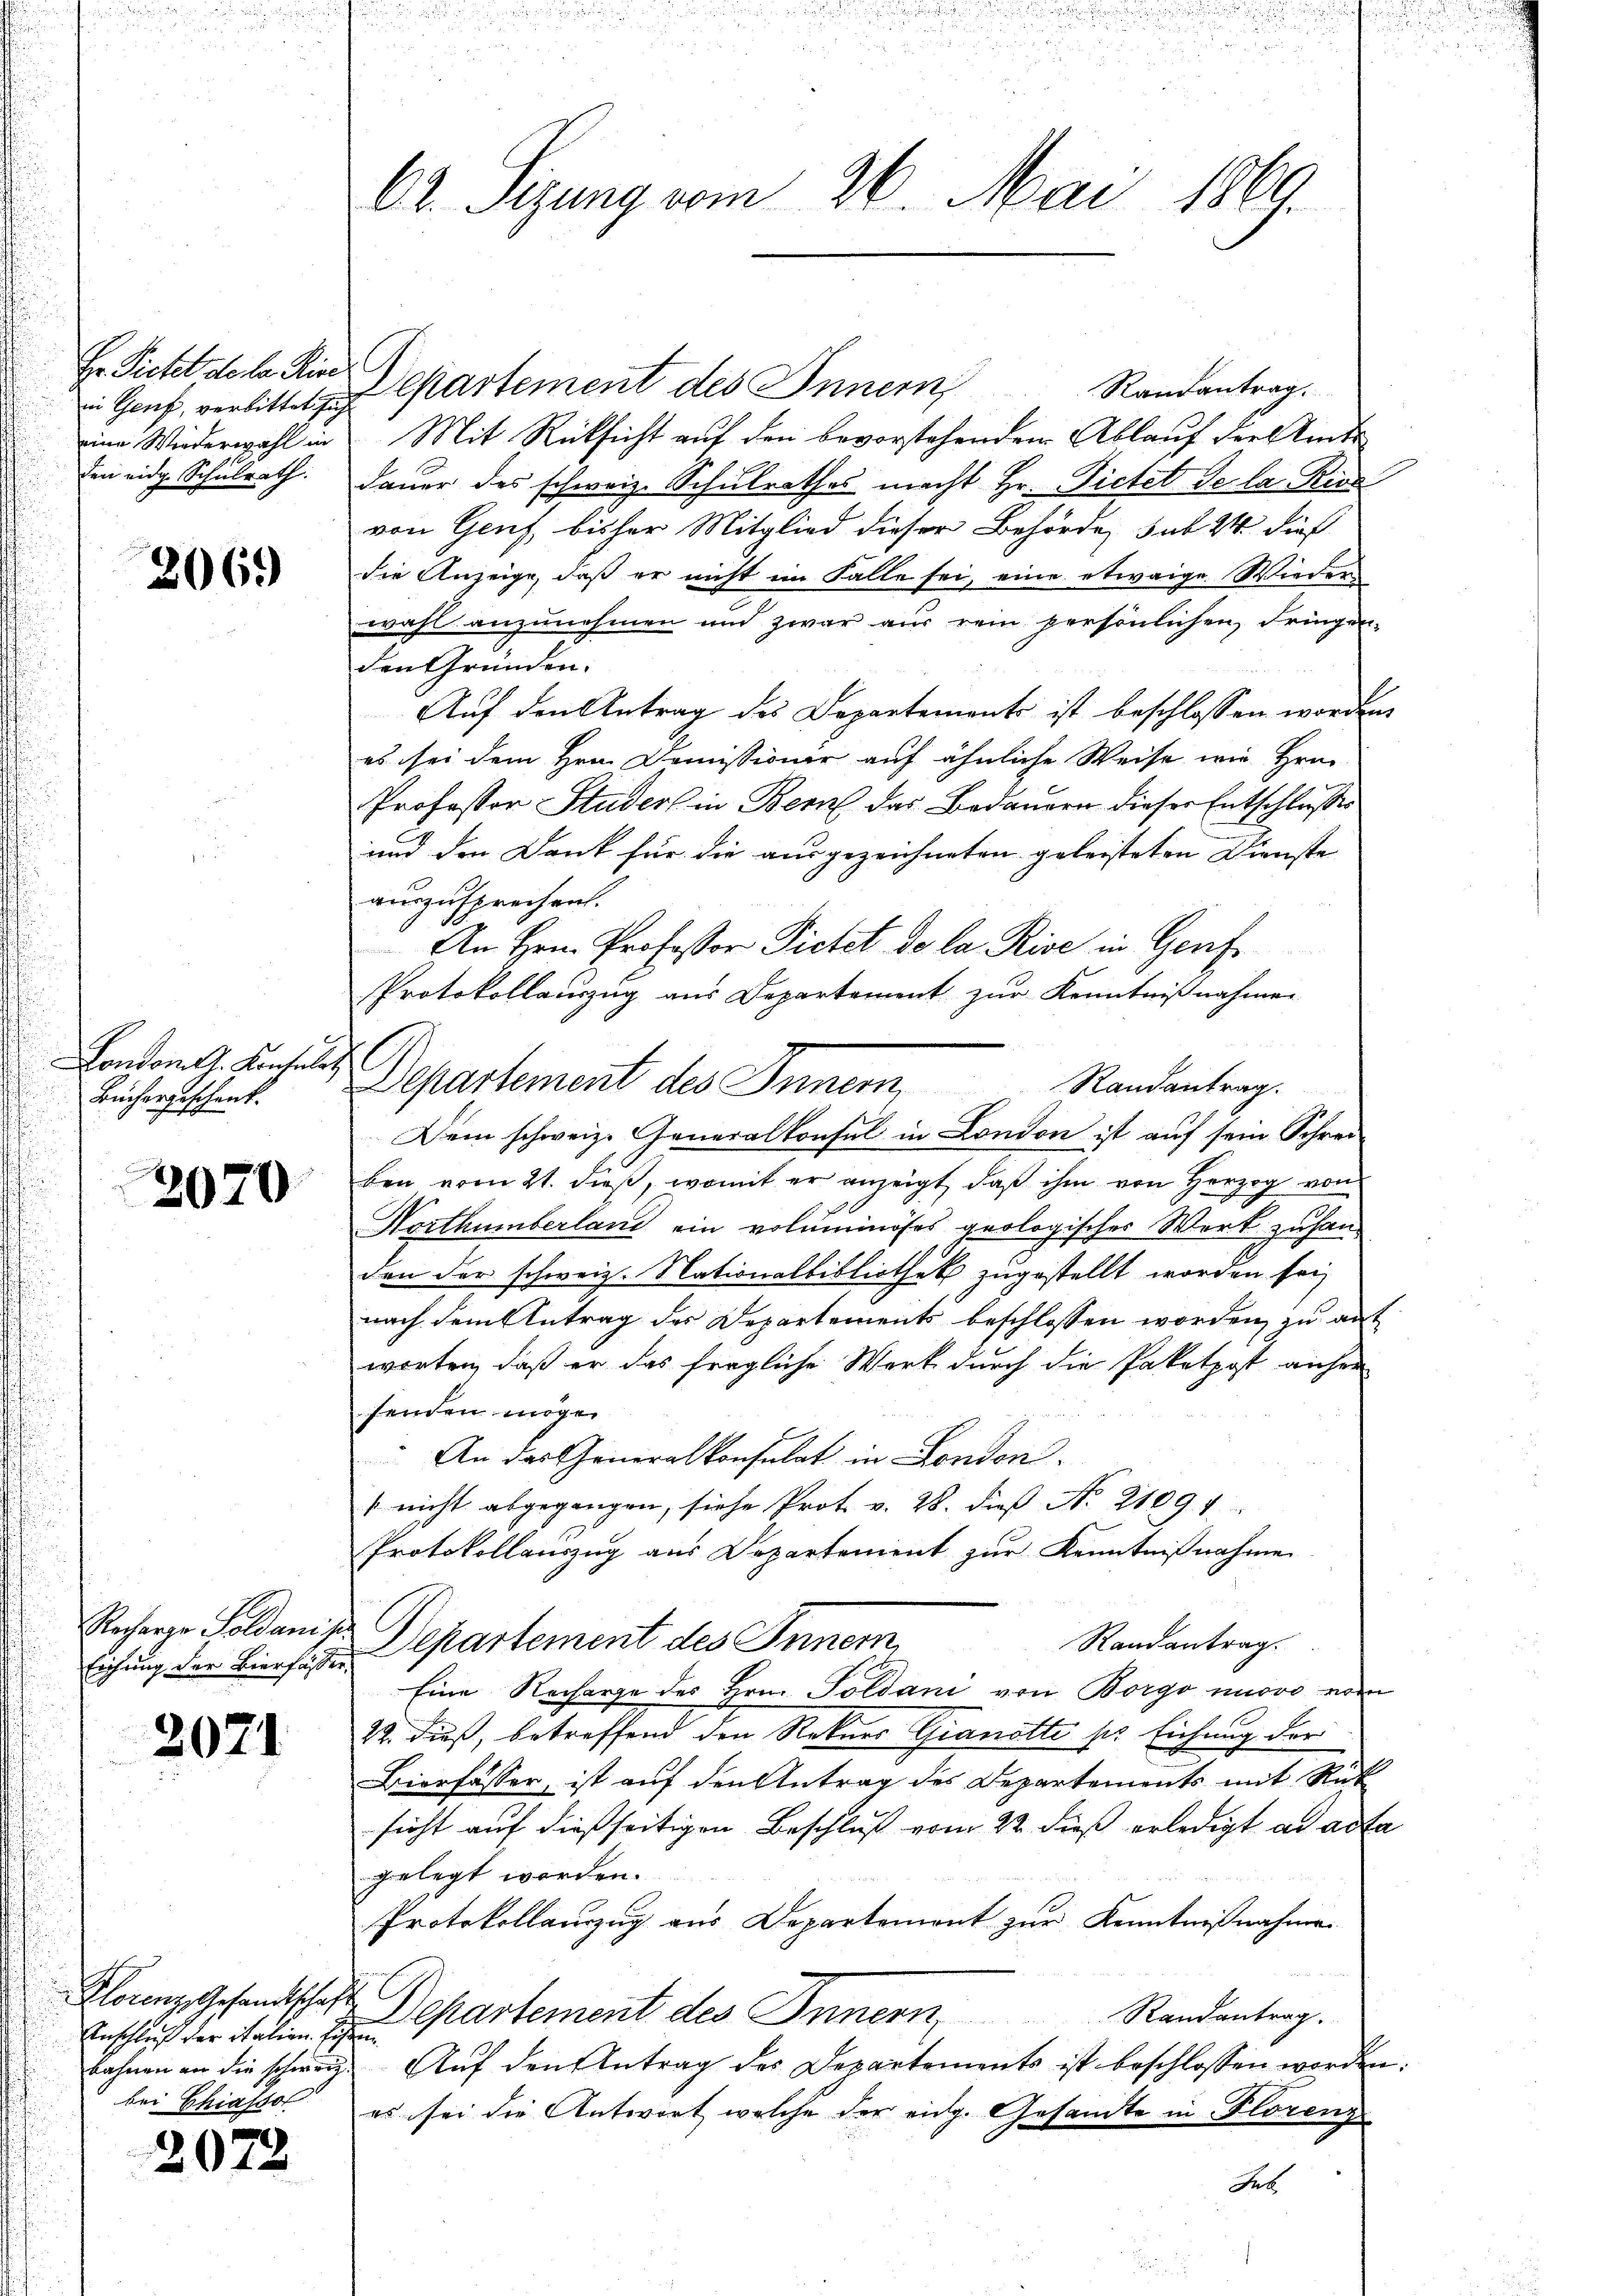
Hr. Pietet de la Rie

2069)

Condon dh. Konsuls
Büchergeschenk.

3070

Eichung der Bierfasse

2071

Anschluß der italien. Eisen
bei Chiassol

202

u
62. Sigung vom 26. Mai 1869.

Randantrag.
 Genf, verbittet zu Partement des Inner
eine Wiederwahl in Mit Rücksicht auf den bevorstehenden Ablauf der Amts
den eidge Schulrath. Dauer des schweiz. Schulrathes macht Hr. Dietet de la Ries
von Genf, bisher Mitglied dieser Behörde, sub 24 dies
die Anzeige, daß er nicht im Falle sei, eine etwaige Wieder
wahl anzunehmen und zwar aus rein persönlichen dringen-
den Gründen.
Auf den Antrag des Departements ist beschlossen worden
es sei dem Hrn. Domissionir auf ähnliche Weise wie Hrn.
Professor Studer in Bern das Bedauern dieser Entschlusser
und den Dank für die ausgezeichneten geleisteten Dienste
auszusprechen.
An Hrn. Professor Pietet de la Rise in Genf
Protokollauszug aus Departement zur Kenntnißnahmen
Dein schweiz. Generalkonsul in London ist auf sein Schreiben vom 21. dieß, womit er anzeigt, daß ihm von Herzog von
Worthümberland ein voluminöses geologisches Wort zu hancen der schweiz. Nationalbibliothek zugestellt worden sei,
nach dem Antrag des Departements beschlossen worden, zu auf
worten, daß er das fragliche Werk durch die Paketpost anher
fenden möge.
An das Generalkonsulat in London.
s nicht abgegangen, siche Prot. v. 28. dieß No. 21094
Protokollauszug aus Departement zŭr Kenntnißnahme
Recharge Soldanis Departement des Innern,
Randantrag.
u
Eine Recharge des Hrn. Soldani von Borgo nuovo von
22. dieß, betreffend den Rohner Granatte ser Eichung der
Bierfasser, ist auf den Antrag des Departements mit Rück
sicht auf dießseitigen Beschluß vom 22 dieß erledigt ad acta
gelegt worden.
Protokollauszug aus Departemont zur Kenntnißnahme
Florenz Gesandtschaft Departement des Innern Randantrag.
bahnen an die schweiz. Aŭf den Antrag des Departements ist beschlossen werden.
es sei die Antwort welche der eidg. Gesamte in Florenz
Geb

Departement des Inner, Randantrag.